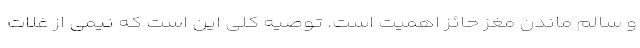
و سالم ماندن مغز حائز اهمیت است. توصیه کلی این است که نیمی از غلات